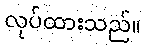
လုပ်ထားသည်။